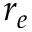
r _ { e }